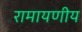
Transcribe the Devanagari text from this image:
रामायणीय